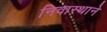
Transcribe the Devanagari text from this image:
निवास्थाने